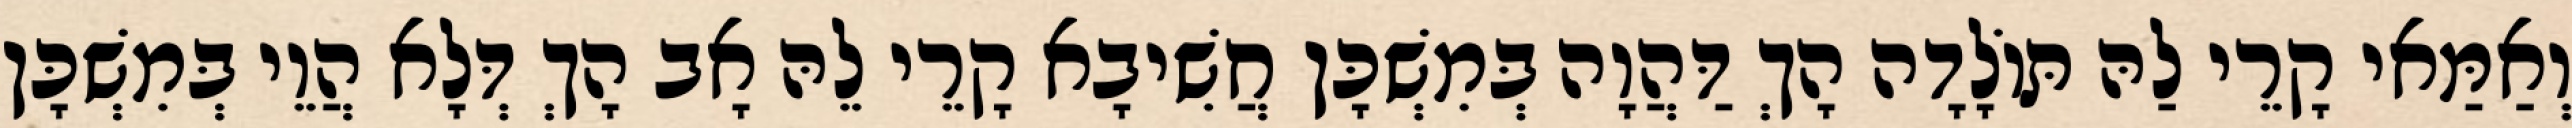
וְאַמַּאי קָרֵי לַהּ תּוֹלָדָה הָךְ דַּהֲוָה בְּמִשְׁכָּן חֲשִׁיבָא קָרֵי לֵהּ אָב הָךְ דְּלָא הֲוֵי בְּמִשְׁכָּן